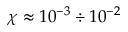
\chi \approx 1 0 ^ { - 3 } \div 1 0 ^ { - 2 }